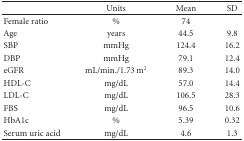
<table><thead><tr><td></td><td><b>Units</b></td><td><b>Mean</b></td><td><b>SD</b></td></tr></thead><tbody><tr><td>Female ratio</td><td>%</td><td>74</td><td></td></tr><tr><td>Age</td><td>years</td><td>44.5</td><td>9.8</td></tr><tr><td>SBP</td><td>mmHg</td><td>124.4</td><td>16.2</td></tr><tr><td>DBP</td><td>mmHg</td><td>79.1</td><td>12.4</td></tr><tr><td>eGFR</td><td>mL/min./1.73 m<sup>2</sup></td><td>89.3</td><td>14.0</td></tr><tr><td>HDL-C</td><td>mg/dL</td><td>57.0</td><td>14.4</td></tr><tr><td>LDL-C</td><td>mg/dL</td><td>106.5</td><td>28.3</td></tr><tr><td>FBS</td><td>mg/dL</td><td>96.5</td><td>10.6</td></tr><tr><td>HbA1c</td><td>%</td><td>5.39</td><td>0.32</td></tr><tr><td>Serum uric acid</td><td>mg/dL</td><td>4.6</td><td>1.3</td></tr></tbody></table>